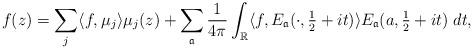
LaTeX: \begin{align*} f(z) = \sum_j \langle f, \mu_j \rangle \mu_j(z) + \sum_{\mathfrak{a}} \frac{1}{4\pi} \int_\mathbb{R} \langle f, E_\mathfrak{a}(\cdot, \tfrac{1}{2} + it)\rangle E_\mathfrak{a}(a, \tfrac{1}{2} + it) \; dt,\end{align*}